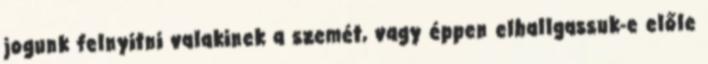
jogunk felnyitni valakinek a szemét, vagy éppen elhallgassuk-e előle